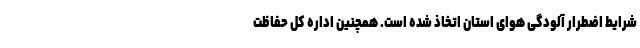
شرایط اضطرار آلودگی هوای استان اتخاذ شده است. همچنین اداره کل حفاظت